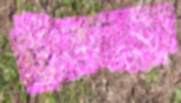
টুয়েনকে